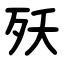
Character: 殀